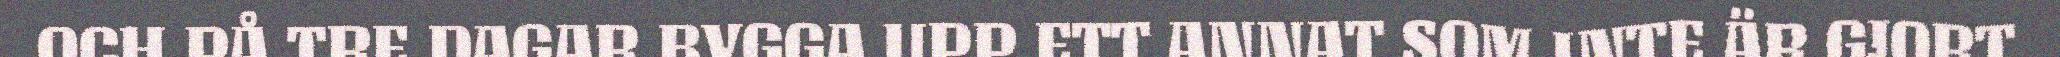
OCH PÅ TRE DAGAR BYGGA UPP ETT ANNAT SOM INTE ÄR GJORT